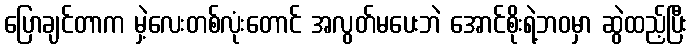
ပြောချင်တာက မှဲ့လေးတစ်လုံးတောင် အလွတ်မပေးဘဲ အောင်စိုးရဲ့ဘဝမှာ ဆွဲထည့်ပြီး